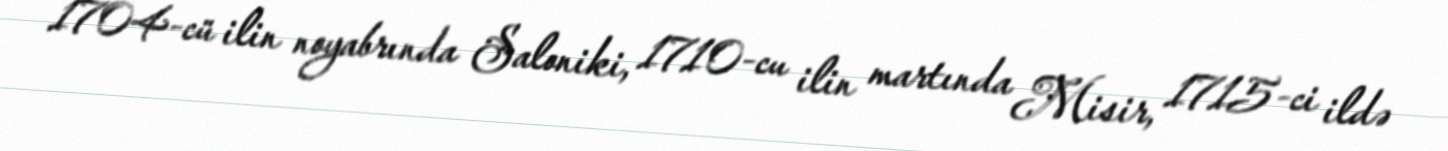
1704-cü ilin noyabrında Saloniki, 1710-cu ilin martında Misir, 1715-ci ildə